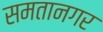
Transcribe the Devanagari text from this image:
समतानगर